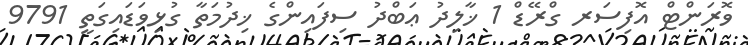
ވޮރަންޓް އޮފިސަރ ގްރޭޑް 1 ޚާލިދު ޢަބްދު ސިފައިންގެ ޚިދުމަތާ ގުޅިވަޑައިގަތީ 9791